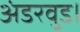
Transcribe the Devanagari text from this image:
अंडरवुड।